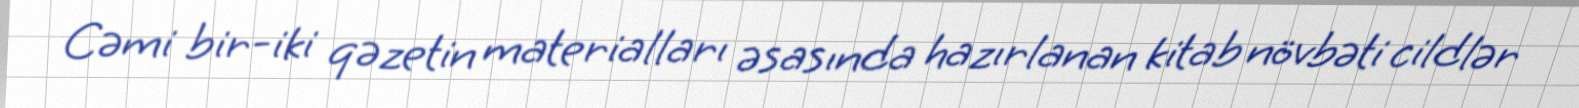
Cəmi bir-iki qəzetin materialları əsasında hazırlanan kitab növbəti cildlər